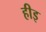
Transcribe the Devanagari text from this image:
हीइ